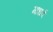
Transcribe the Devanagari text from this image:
माधर्व